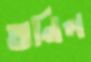
অনিল